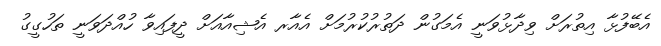
އެބޭފުޅާ އިތުރަށް ވިދާޅުވަނީ އެމަގުން ދަތުރުކުރުމަށް އެއާރ އެޝިއާއަށް ދީފައިވާ ހުއްދަވަނީ ތަހުގީގު